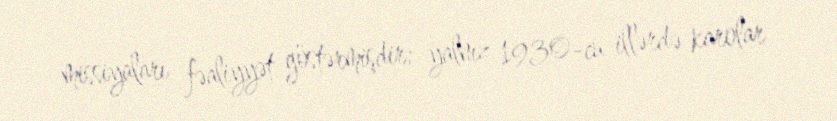
missiyaları fəaliyyət göstərmişdir; yalnız 1930-cu illərdə karolar